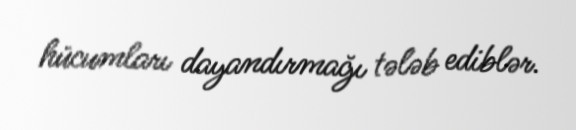
hücumları dayandırmağı tələb ediblər.